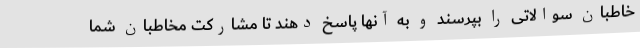
خاطبان سوالاتی را بپرسند و به آنها پاسخ دهند تا مشارکت مخاطبان شما